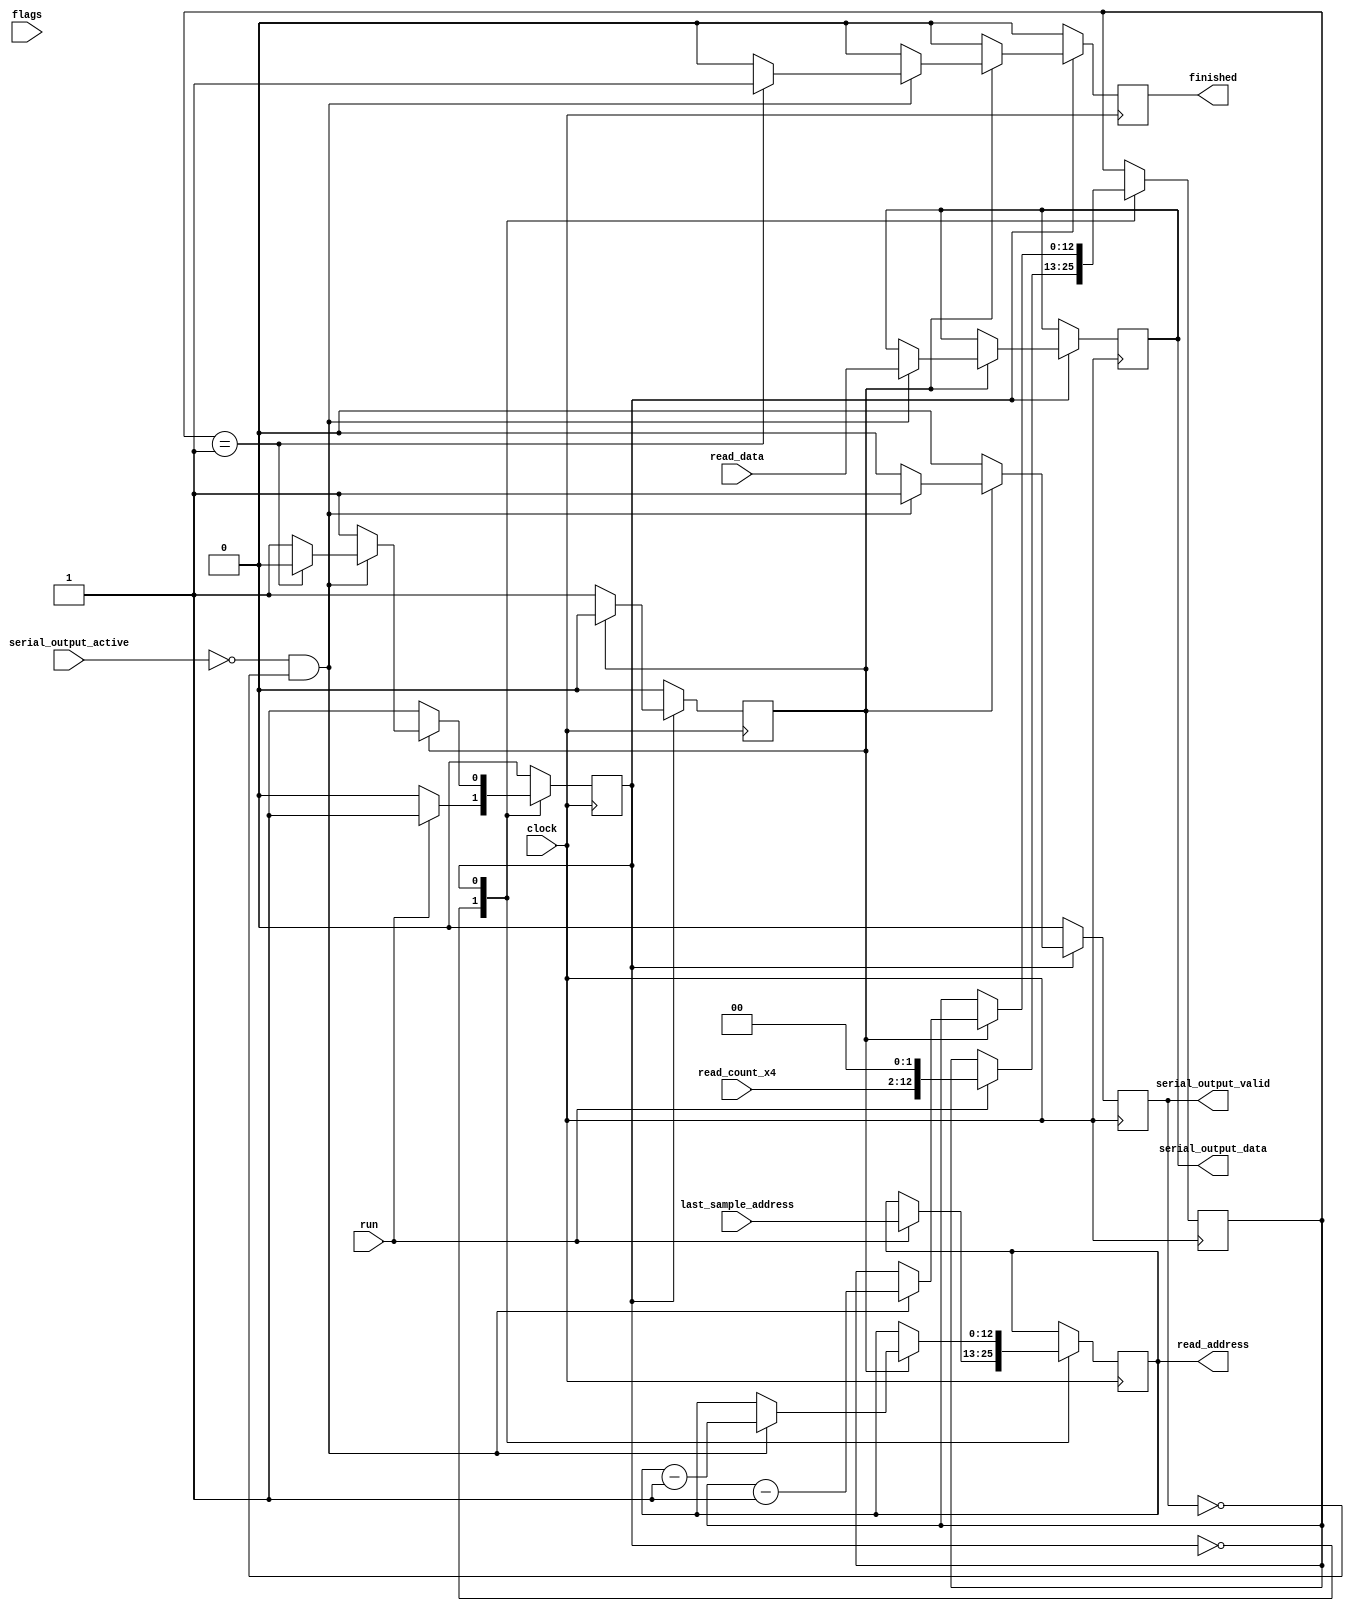
// Allows transmitting the data from RAM when it has been collected.
//
// The inputs are the memory read port, a "run" signal, and the details
// of how much memory is available.
//
// The outputs are signals to say what memory to read and the serial output stuff.
//
module DataTransmitter(
	input wire clock,

	// Assert to run.
	input wire run,

	// Configuration settings
	input wire[15:0] flags,
	input wire[10:0] read_count_x4,

	input wire[12:0] last_sample_address,

	// Reading memory.
	input wire[7:0] read_data,
	output reg[12:0] read_address,

	// Sending data via serial.
	input wire serial_output_active,
	output reg serial_output_valid,
	output reg[7:0] serial_output_data,

	// Asserted when finished.
	output reg finished = 0
);
	// Current state.
	parameter STATE_IDLE = 0;
	parameter STATE_SENDING_DATA = 1;

	reg state = STATE_IDLE;

	// Number of bytes left to send.
	reg[12:0] bytes_remaining = 0;

	// Used for to add a 1 cycle delay for reading from memory.
	reg data_ready = 0;

	// We have to output the data backwards.
	always @(posedge clock) begin
		serial_output_valid <= 0;
		data_ready <= 0;
		finished <= 0;

		case (state)
			STATE_IDLE: begin
				if (run) begin
					state <= STATE_SENDING_DATA;
					read_address <= last_sample_address;
					bytes_remaining <= read_count_x4 << 2;
				end
			end
			STATE_SENDING_DATA: begin
				if (data_ready) begin
					if (serial_output_active == 0 && serial_output_valid == 0) begin
						// Output the data.
						serial_output_valid <= 1;
						serial_output_data <= read_data;

						read_address <= read_address - 13'b1;
						bytes_remaining <= bytes_remaining - 1;

						// Go to next address.
						if (bytes_remaining == 13'b1) begin
							state <= STATE_IDLE;
							finished <= 1;
						end
					end
				end else begin
					// Add one sample delay.
					data_ready <= 1;
				end
			end
		endcase
	end

endmodule